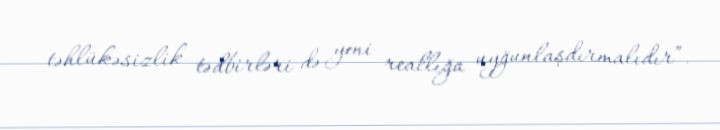
təhlükəsizlik tədbirləri də yeni reallığa uyğunlaşdırmalıdır”.